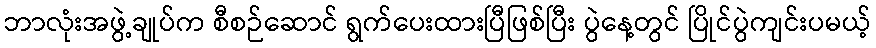
ဘာလုံးအဖွဲ့ချုပ်က စီစဉ်ဆောင် ရွက်ပေးထားပြီဖြစ်ပြီး ပွဲနေ့တွင် ပြိုင်ပွဲကျင်းပမယ့်